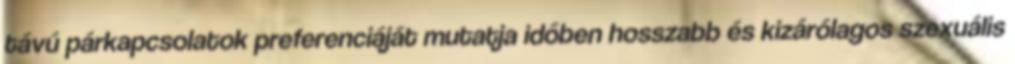
távú párkapcsolatok preferenciáját mutatja időben hosszabb és kizárólagos szexuális